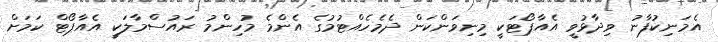
އެމަނިކުފާނު ވިދާޅުވީ އެއާޕޯޓަކީ މިނިވަންކަން ދެމެހެއްޓުމުގެ އެންމެ މުހިންމު ރައުސްމާލަކީ އެއާޕޯޓް ކަމަށް